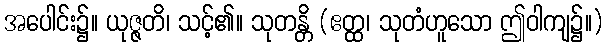
အပေါင်း၌။ ယုဇ္ဇတိ၊ သင့်၏။ သုတန္တိ (ဧတ္ထ၊ သုတံဟူသော ဤဝါကျ၌။)